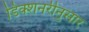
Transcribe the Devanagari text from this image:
डिक्शनरीनुसार